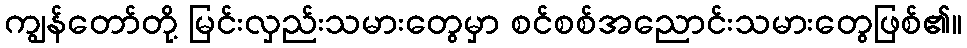
ကျွန်တော်တို့ မြင်းလှည်းသမားတွေမှာ စင်စစ်အညောင်းသမားတွေဖြစ်၏။